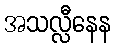
အသလ္လီနေန